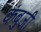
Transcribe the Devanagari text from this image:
कंबुजी